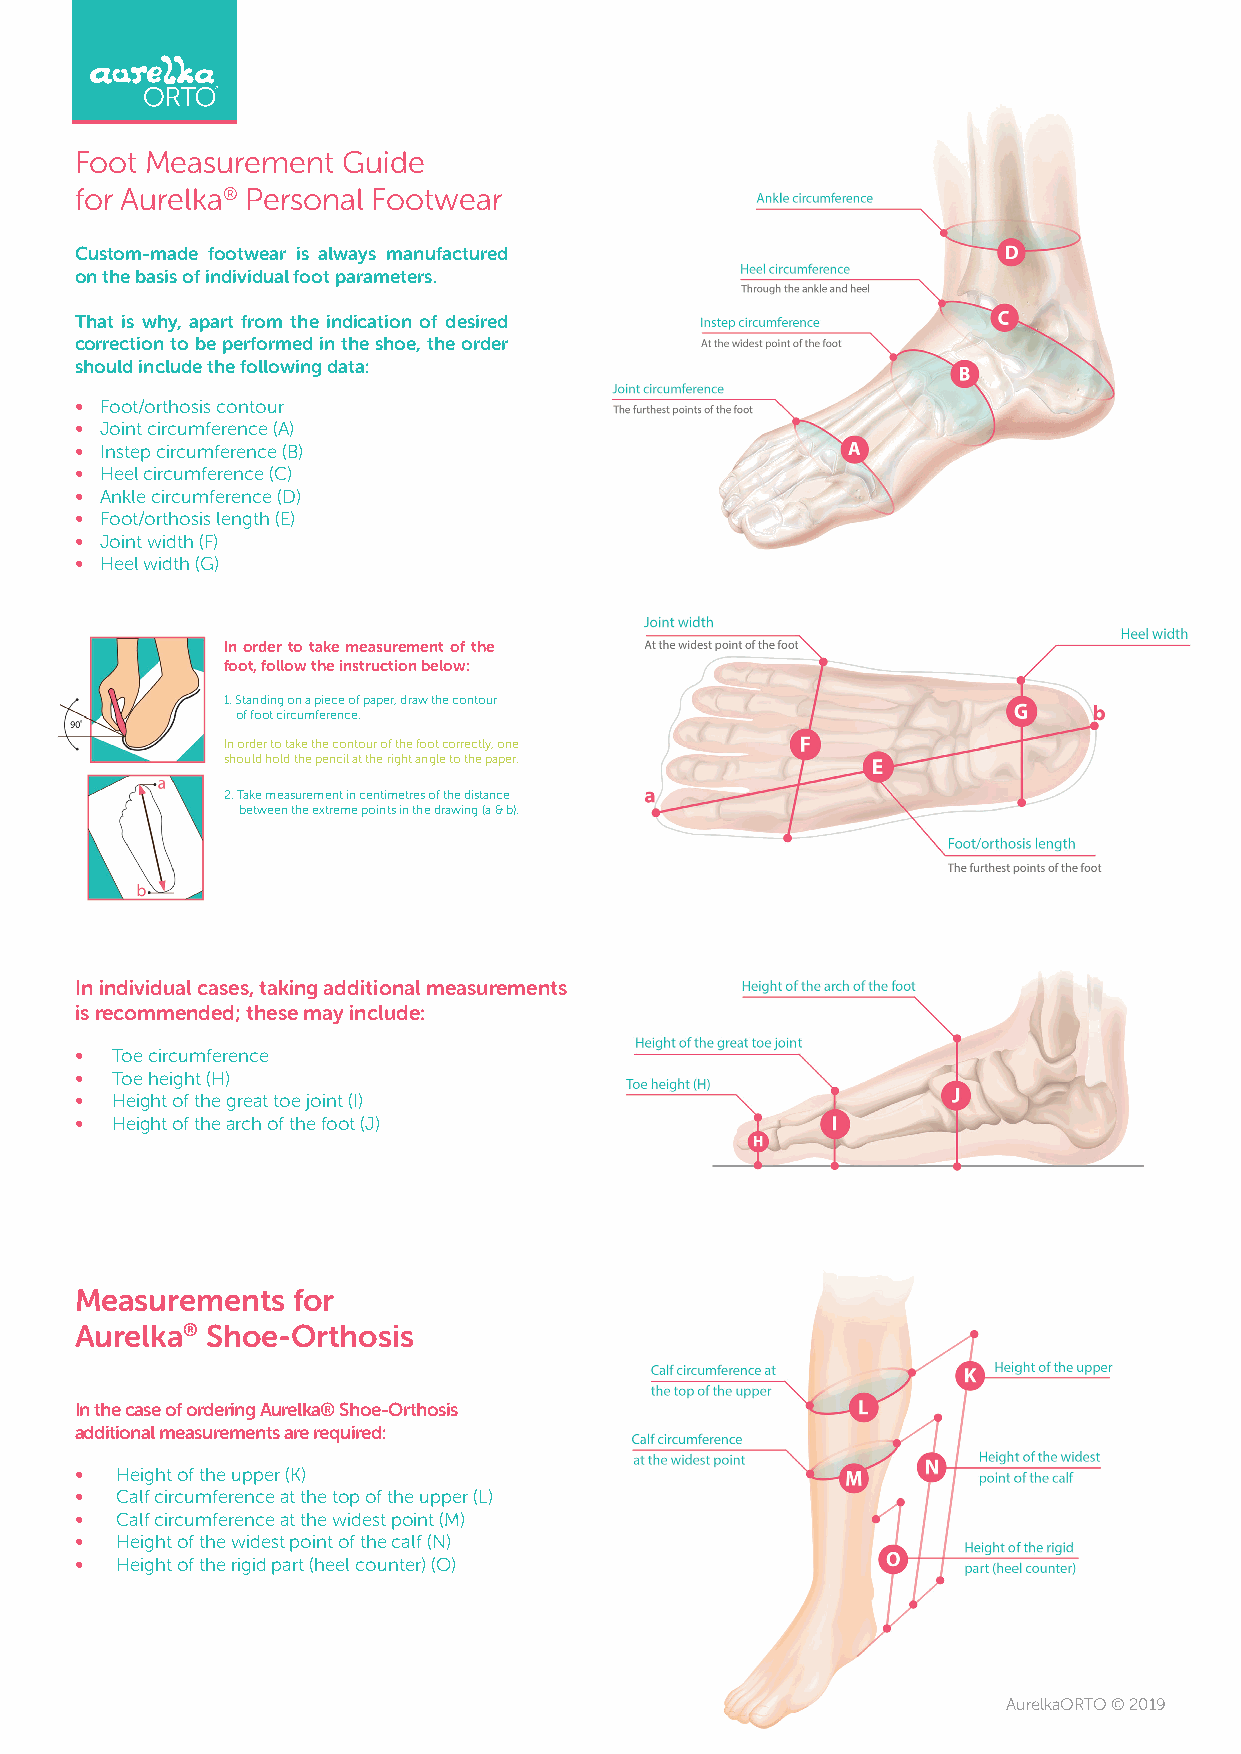
Foot Measurement  Guide
 for Aurelka® Personal Footwear
 Custom-made footwear is always manufactured
 on the basis of individual foot parameters.
 That is why, apart from the indication of desired
 correction to be performed in the shoe, the order
 should include the following data:
 • Foot/orthosis contour
 • Joint circumference (A)
 • Instep circumference (B)
 • Heel circumference (C)
 • Ankle circumference (D)
 • Foot/orthosis length (E)
 • Joint width (F)
 • Heel width (G)
 In order to take measurement of the
 foot, follow the instruction below:
 1. Standing on a piece of paper, draw the contour
 of foot circumference.
 In order to take the contour of the foot correctly, one
 should hold the pencil at the right angle to the paper.
 2. Take measurement in centimetres of the distance
 between the extreme points in the drawing (a & b).
 In individual cases, taking additional measurements
 is recommended; these may include:
 • Toe circumference
 • Toe height (H)
 • Height of the great toe joint (I)
 • Height of the arch of the foot (J)
 Measurements  for
 Aurelka® Shoe-Orthosis
 In the case of ordering Aurelka® Shoe-Orthosis
 additional measurements are required:
 •  Height of the upper (K)
 •  Calf circumference at the top of the upper (L)
 •  Calf circumference at the widest point (M)
 •  Height of the widest point of the calf (N)
 •  Height of the rigid part (heel counter) (O)
 AurelkaORTO © 2019